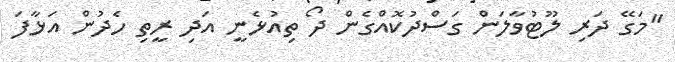
"މަގޭ ދަރި ލޫޓުވާލަން ގަސްދުކޮއްގެން ދޯ ތިއުޅެނީ އަދި ރީތި ހެދުން އަޅާފަ